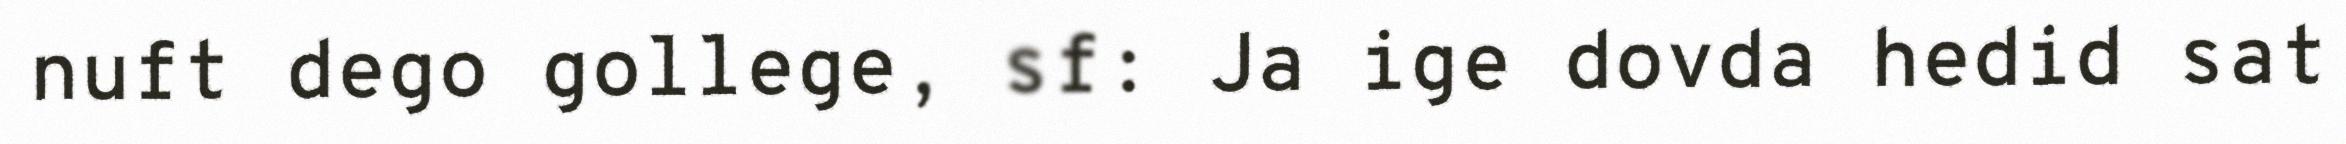
nuft dego gollege, sf: Ja ige dovda hedid sat